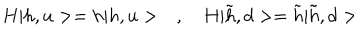
H | h , u > = h | h , u > \quad , \quad H | \tilde { h } , d > = \tilde { h } | \tilde { h } , d >